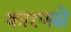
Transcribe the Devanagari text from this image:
कारणसे